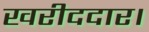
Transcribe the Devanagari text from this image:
खरीददार।